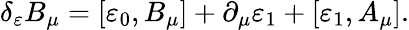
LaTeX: \delta_{\varepsilon}B_{\mu}=[\varepsilon_{0},B_{\mu}]+\partial_{\mu}\varepsilon_{1}+[\varepsilon_{1},A_{\mu}].